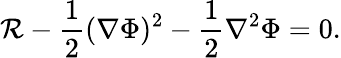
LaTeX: \mathcal{R}-{\frac{{1}}{{2}}}(\nabla\Phi)^{2}-{\frac{{1}}{{2}}}\nabla^{2}\Phi=0.